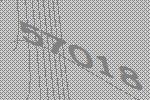
57018